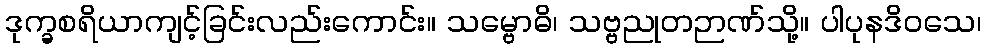
ဒုက္ခစရိယာကျင့်ခြင်းလည်းကောင်း။ သမ္ဗောဓိ၊ သဗ္ဗညုတဉာဏ်သို့။ ပါပုနဒိဝသေ၊